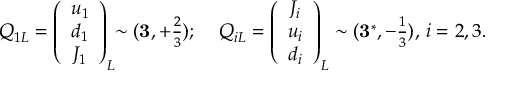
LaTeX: \begin{array} { l l } { { Q _ { 1 L } = \left( \begin{array} { c } { { u _ { 1 } } } \\ { { d _ { 1 } } } \\ { { J _ { 1 } } } \end{array} \right) _ { L } \! \! \sim ( { \bf 3 } , + \frac { 2 } { 3 } ) ; \; } } & { { Q _ { i L } = \left( \begin{array} { c } { { J _ { i } } } \\ { { u _ { i } } } \\ { { d _ { i } } } \end{array} \right) _ { L } \sim ( { \bf 3 } ^ { * } , - \frac { 1 } { 3 } ) , \, i = 2 , 3 . } } \end{array}